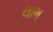
લાભ